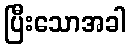
ပြီးသောအခါ